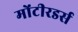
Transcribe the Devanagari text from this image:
मोंटीरडर्स